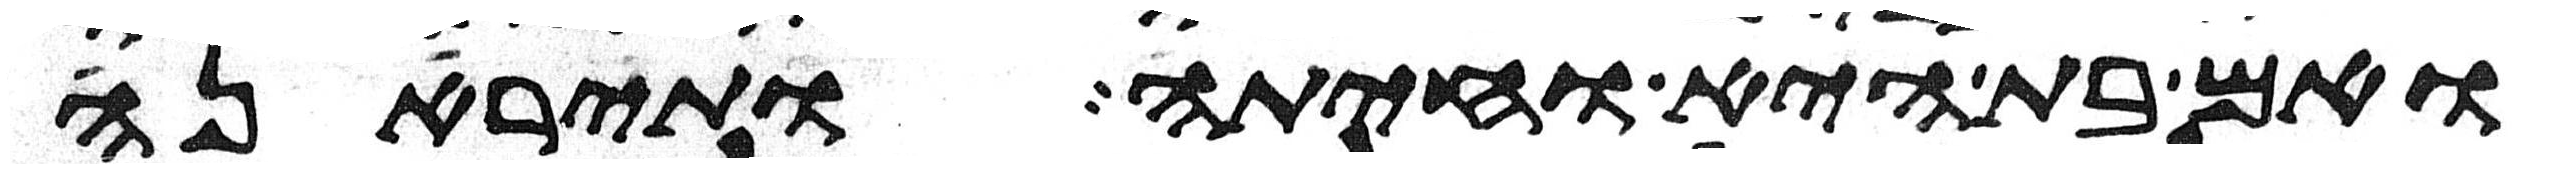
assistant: ואם בת היא וחיתה ותיראנה